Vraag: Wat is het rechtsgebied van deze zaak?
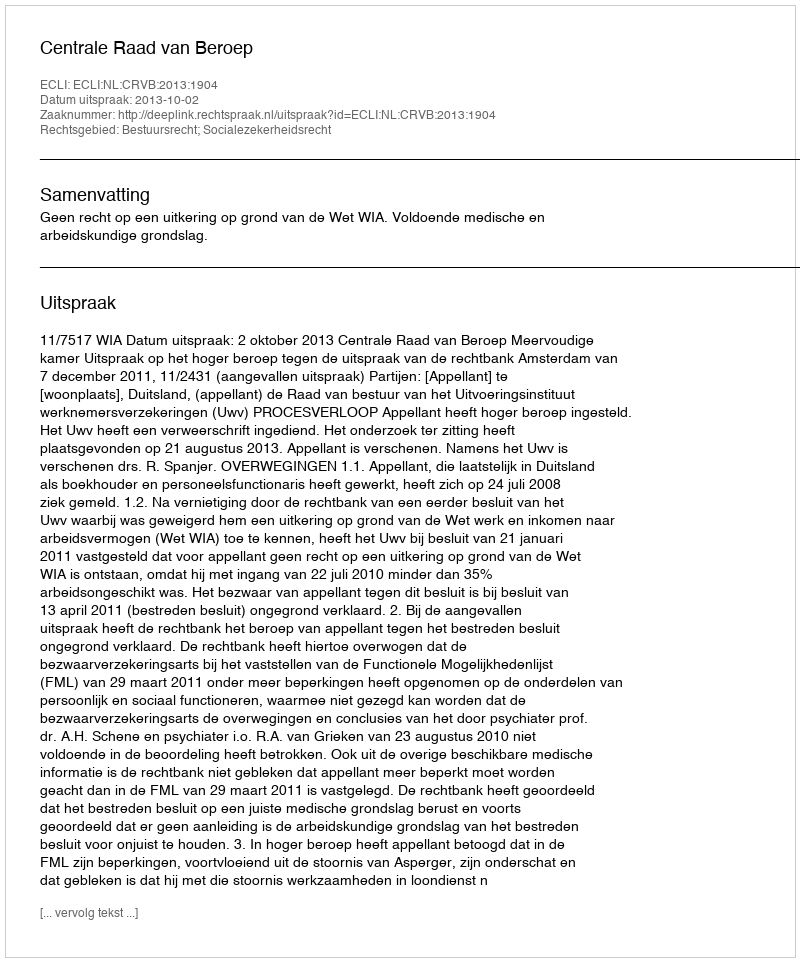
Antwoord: Bestuursrecht; Socialezekerheidsrecht